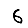
Digit: 6